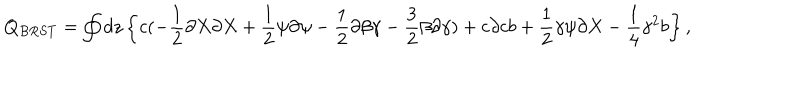
Q _ { B R S T } = \oint d z \left\{ c ( - { \frac { 1 } { 2 } } \partial X \partial X + { \frac { 1 } { 2 } } \psi \partial \psi - { \frac { 1 } { 2 } } \partial \beta \gamma - { \frac { 3 } { 2 } } \beta \partial \gamma ) + c \partial c b + { \frac { 1 } { 2 } } \gamma \psi \partial X - { \frac { 1 } { 4 } } \gamma ^ { 2 } b \right\} ,